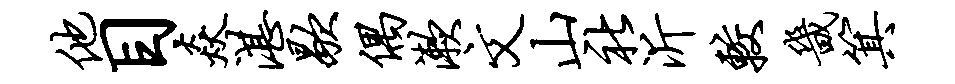
他目焱湛歇偶漱文山社沂较畿箕